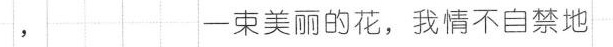
， 一束美丽的花，我情不自禁地